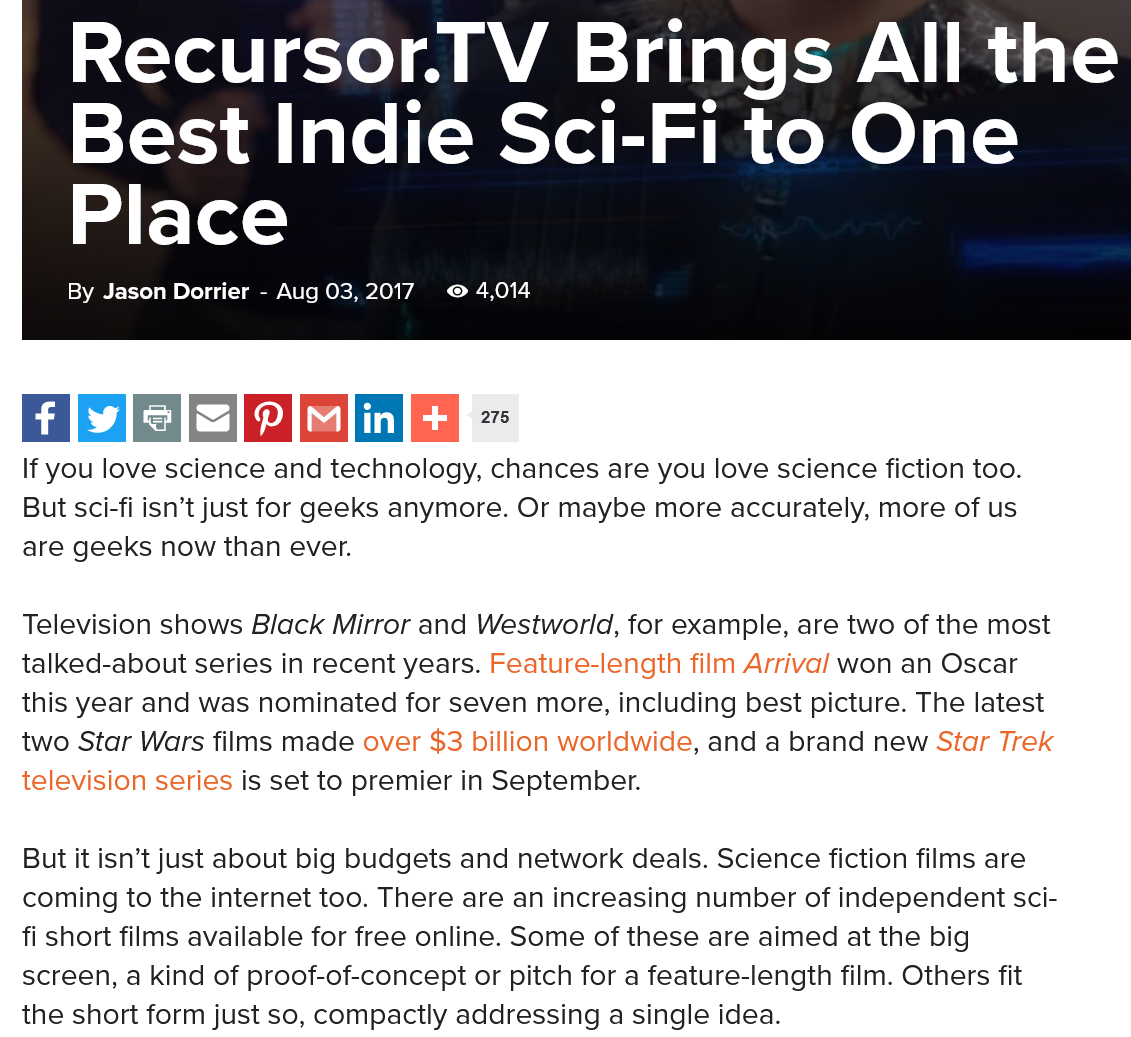
Recursor.TV    Brings    All    the
     Best    Indie    Sci-Fi    to    One
     Place
     By Jason Dorrier
     - Aug 03, 2017 AR Osee
     Recursor.TV    Brings    All    the
     Best    Indie    Sci-Fi    to    One
     Place
     By Jason Dorrier
     - Aug 03,2017. © 4,014
     275
  If you love science and technology, chances are you love science fiction too.
  But sci-fi isn’t just for geeks anymore. Or maybe more accurately, more of us
  are geeks now than ever.
  Television shows Black Mirror and Westworld, for example, are two of the most
  talked-about series in recent years. Feature-length film Arriva/ won an Oscar
  this year and was nominated for seven more, including best picture. The latest
  two Star Wars films made over $3 billion worldwide, and a brand new Star Trek
  television series is set to premier in September.
  But it isn’t just about big budgets and network deals. Science fiction films are
  coming to the internet too. There are an increasing number of independent sci-
  fi short films available for free online. Some of these are aimed at the big
  screen, a kind of proof-of-concept or pitch for a feature-length film. Others fit
  the short form just so, compactly addressing a single idea.